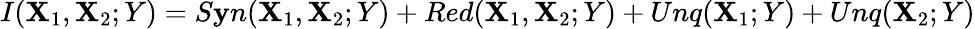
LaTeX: I(\mathbf{X}_{1},\mathbf{X}_{2};Y)=S\mathbf{y}n(\mathbf{X}_{1},\mathbf{X}_{2};Y)+Red(\mathbf{X}_{1},\mathbf{X}_{2};Y)+Unq(\mathbf{X}_{1};Y)+Unq(\mathbf{X}_{2};Y)